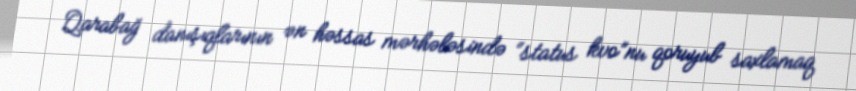
Qarabağ danışıqlarının ən həssas mərhələsində “status kvo”nu qoruyub saxlamaq